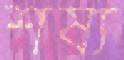
শষ্য